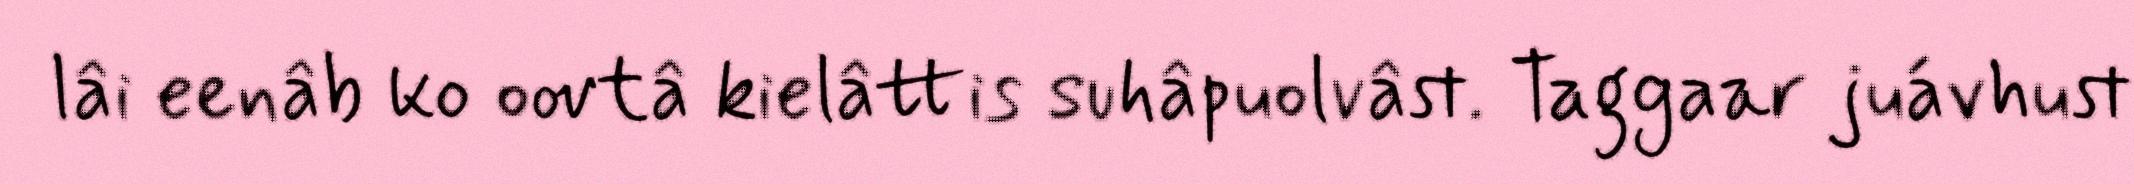
lâi eenâb ko oovtâ kielâttis suhâpuolvâst. Taggaar juávhust